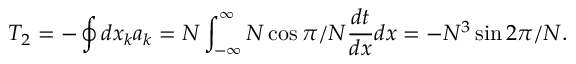
T _ { 2 } = - \oint d x _ { k } a _ { k } = N \int _ { - \infty } ^ { \infty } N \cos \pi / N \frac { d t } { d x } d x = - N ^ { 3 } \sin 2 \pi / N .